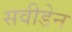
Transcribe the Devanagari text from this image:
सवीडेन